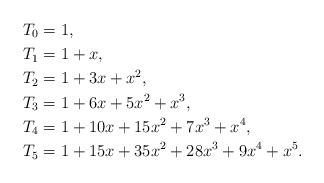
\begin{align*}T_0&=1,\\ T_1&=1+x,\\T_2&=1+3x+x^2,\\T_3&=1+6x+5x^2+x^3,\\T_4&=1+10x+15x^2+7x^3+x^4,\\T_5&=1+15x+35x^2+28x^3+9x^4+x^5.\end{align*}